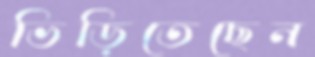
ভিড়িতেছেন